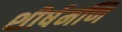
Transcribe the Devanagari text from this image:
शीर्षमणि